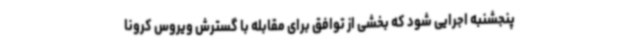
پنجشنبه اجرایی شود که بخشی از توافق برای مقابله با گسترش ویروس کرونا